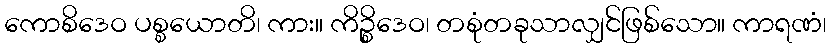
ကောစိဒေဝ ပစ္စယောတိ၊ ကား။ ကိဉ္စိဒေဝ၊ တစုံတခုသာလျှင်ဖြစ်သော။ ကာရဏံ၊